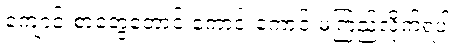
ကျောင်းစာတွေတောင် ကောင်းကောင်းမကြည့်လိုက်ရပါ။